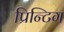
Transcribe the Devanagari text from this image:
प्रिन्टिग